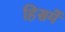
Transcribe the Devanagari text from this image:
हिसमें